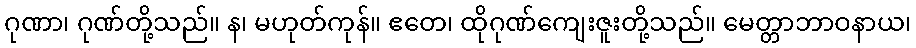
ဂုဏာ၊ ဂုဏ်တို့သည်။ န၊ မဟုတ်ကုန်။ ဧတေ၊ ထိုဂုဏ်ကျေးဇူးတို့သည်။ မေတ္တာဘာဝနာယ၊